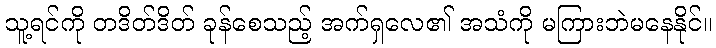
သူ့ရင်ကို တဒိတ်ဒိတ် ခုန်စေသည့် အက်ရှလေ၏ အသံကို မကြားဘဲမနေနိုင်။